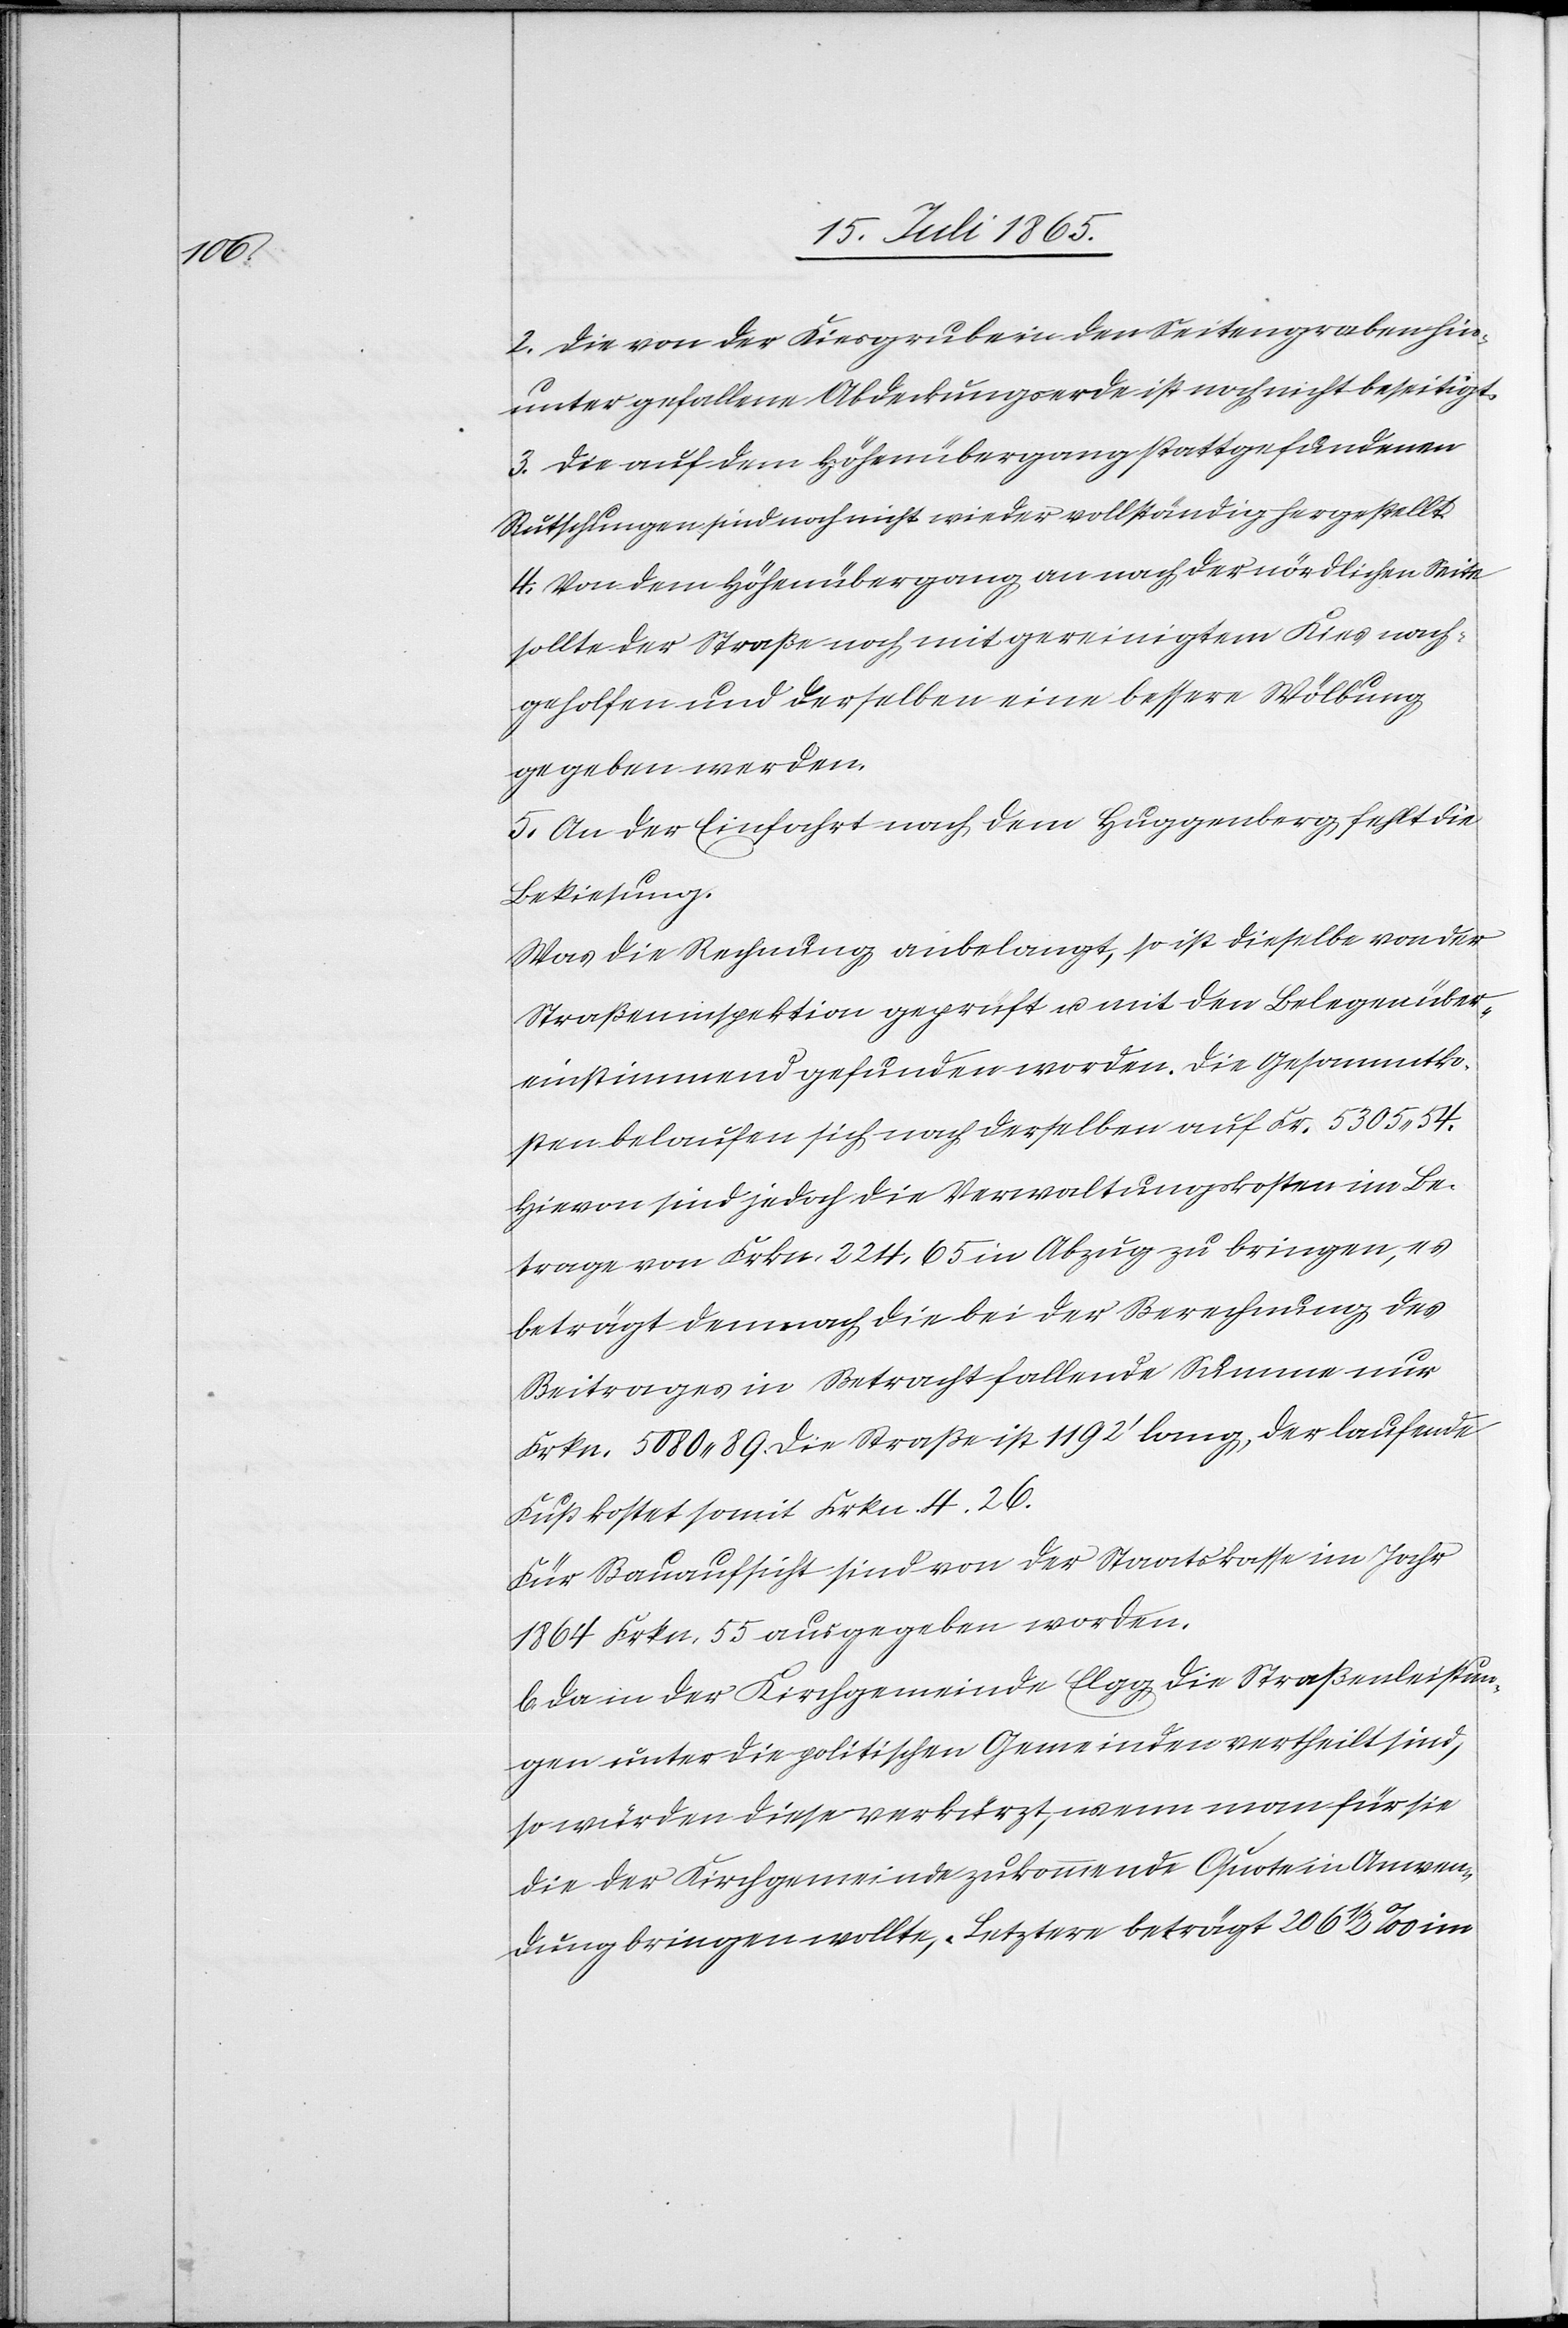
2. Die von der Kiesgrube in den Seitengraben hin¬
unter gefallene Abdeckungserde ist noch nicht beseitigt.
3. Die auf dem Höhenübergang stattgefundenen
Rutschungen sind noch nicht wieder vollständig hergestellt.
4. Von dem Höhenübergang an nach der nördlichen Seite
sollte der Straße noch mit gereinigtem Kies nach¬
geholfen und derselben eine bessere Wölbung
gegeben werden.
5. An der Einfahrt nach dem Huggenberg fehlt die
Bekiesung.
Was die Rechnung anbelangt, so ist dieselbe von der
Straßeninspektion geprüft u. mit den Belegen über¬
einstimmend gefunden worden. Die Gesammtko¬
sten belaufen sich nach derselben auf Fr. 5305.54.
Hievon sind jedoch die Verwaltungskosten im Be¬
trage von Frkn. 224.65 in Abzug zu bringen, es
beträgt demnach die bei der Berechnung des
Beitrages in Betracht fallende Summe nur
Frkn. 5080.89. Die Straße ist 1192’ lang, der laufende
Fuß kostet somit Frkn. 4.26.
Für Bauaufsicht sind von der Staatskasse im Jahr
1864 Frkn. 55 ausgegeben worden.
b. Da in der Kirchgemeinde Elgg die Straßenleistun¬
gen unter die politischen Gemeinden vertheilt sind,
so würden diese verkürzt, wenn man für sie
die der Kirchgemeinde zukommende Quote in Anwen¬
dung bringen wollte. Letztere beträgt 206 ½ ‰ im